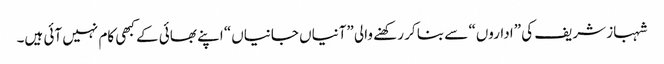
شہباز شریف کی ”اداروں“ سے بنا کر رکھنے والی ”آنیاں جانیاں“ اپنے بھائی کے کبھی کام نہیں آئی ہیں۔